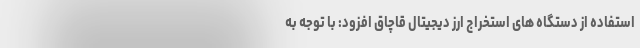
استفاده از دستگاه های استخراج ارز دیجیتال قاچاق افزود: با توجه به